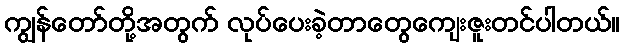
ကျွန်တော်တို့အတွက် လုပ်ပေးခဲ့တာတွေကျေးဇူးတင်ပါတယ်။